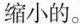
缩小的。